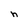
Character: h